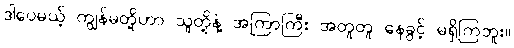
ဒါပေမယ့် ကျွန်မတို့ဟာ သူတို့နဲ့ အကြာကြီး အတူတူ နေခွင့် မရှိကြဘူး။